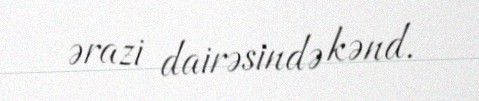
ərazi dairəsində kənd.